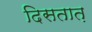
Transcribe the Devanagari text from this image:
दिसतात़